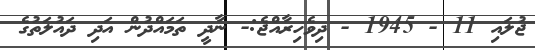
ޖުލައި 11 - 1945 - ދިވެހިރާއްޖެ:- ނާދީ ތަމައްދުން އަދި ދައުލަތުގެ